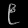
Digit: ၉